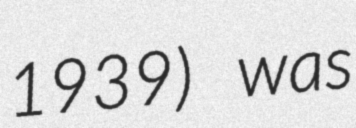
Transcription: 1939) was